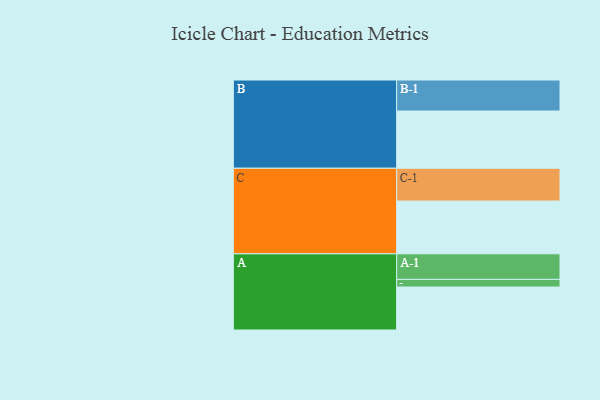
{"axis": {"x": "Segment", "y": "Value"}, "legend": ["", "A", "B", "C"], "data": [{"x": "A", "y": 338, "type": ""}, {"x": "B", "y": 450, "type": ""}, {"x": "C", "y": 415, "type": ""}, {"x": "A-1", "y": 201, "type": "A"}, {"x": "A-2", "y": 60, "type": "A"}, {"x": "B-1", "y": 244, "type": "B"}, {"x": "C-1", "y": 258, "type": "C"}]}